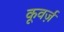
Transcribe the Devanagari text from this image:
कूवर्ज़